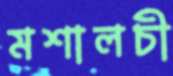
মশালচী